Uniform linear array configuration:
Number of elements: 32
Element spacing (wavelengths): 0.5
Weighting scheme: blackman
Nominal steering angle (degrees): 45
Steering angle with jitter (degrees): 45.573
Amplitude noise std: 0.05
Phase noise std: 0.05

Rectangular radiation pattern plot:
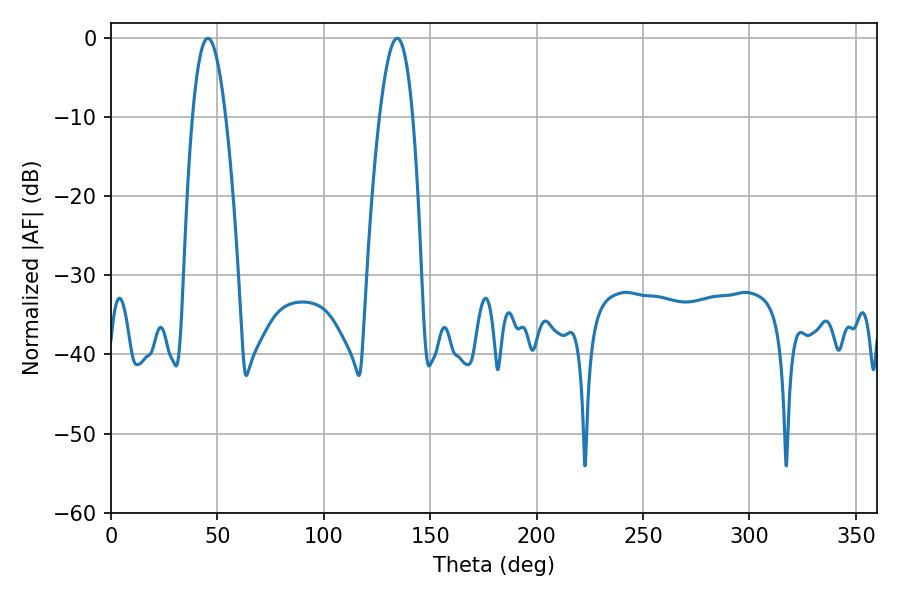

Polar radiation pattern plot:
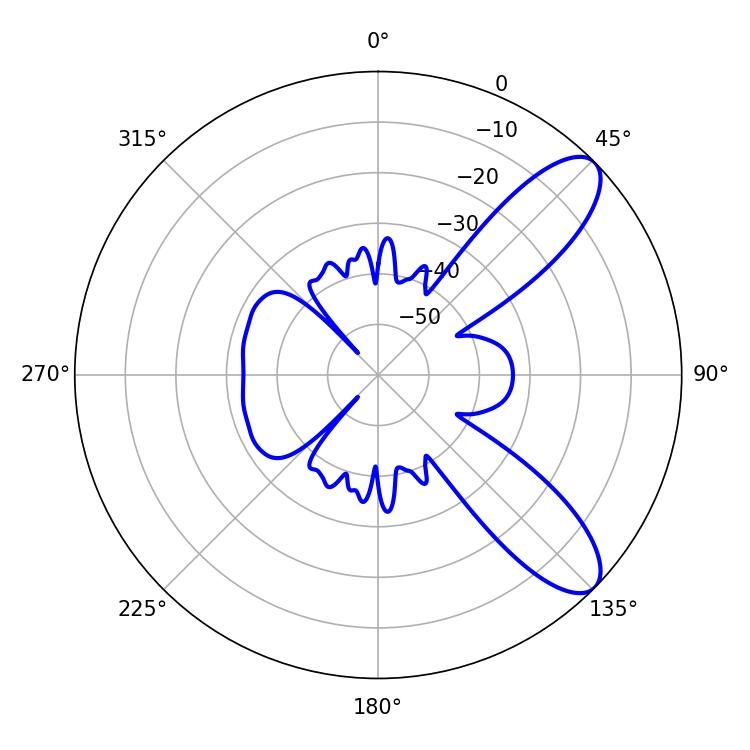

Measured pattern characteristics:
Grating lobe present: FALSE
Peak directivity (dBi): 9.391
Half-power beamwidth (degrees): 8.64
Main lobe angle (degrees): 45.54